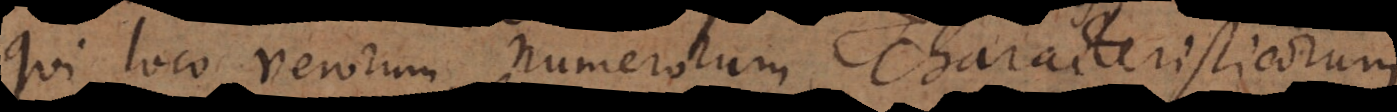
qui loco verorum numerorum characteristicorum